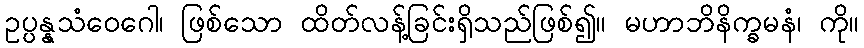
ဥပ္ပန္နသံဝေဂေါ၊ ဖြစ်သော ထိတ်လန့်ခြင်းရှိသည်ဖြစ်၍။ မဟာဘိနိက္ခမနံ၊ ကို။